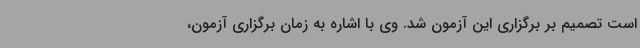
است تصمیم بر برگزاری این آزمون شد. وی با اشاره به زمان برگزاری آزمون،